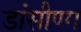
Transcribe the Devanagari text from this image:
डांसीण्ग